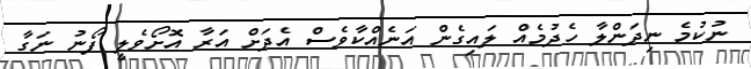
ނުކުމެ ނިދަންލާ ހެދުމެއް ލައިގެން އަނެއްކާވެސް އެދަށް އަރާ އޮށޯވެލީ ފޯނު ނަގާ